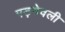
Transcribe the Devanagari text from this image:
पड़नेवली